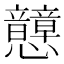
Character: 𢥺